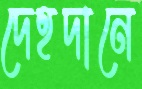
দেহদানে